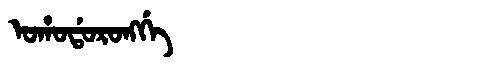
Manchu: ᠣᡥᠣᡩᠣᡵᠣᠩᡤᡝ
Romanization: OHODORONGGE